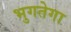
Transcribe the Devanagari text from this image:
भुगतेगा